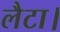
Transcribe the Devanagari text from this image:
लैटा।